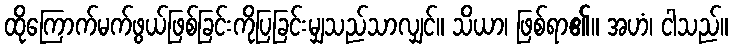
ထိုကြောက်မက်ဖွယ်ဖြစ်ခြင်းကိုပြခြင်းမျှသည်သာလျှင်။ သိယာ၊ ဖြစ်ရာ၏။ အဟံ၊ ငါသည်။